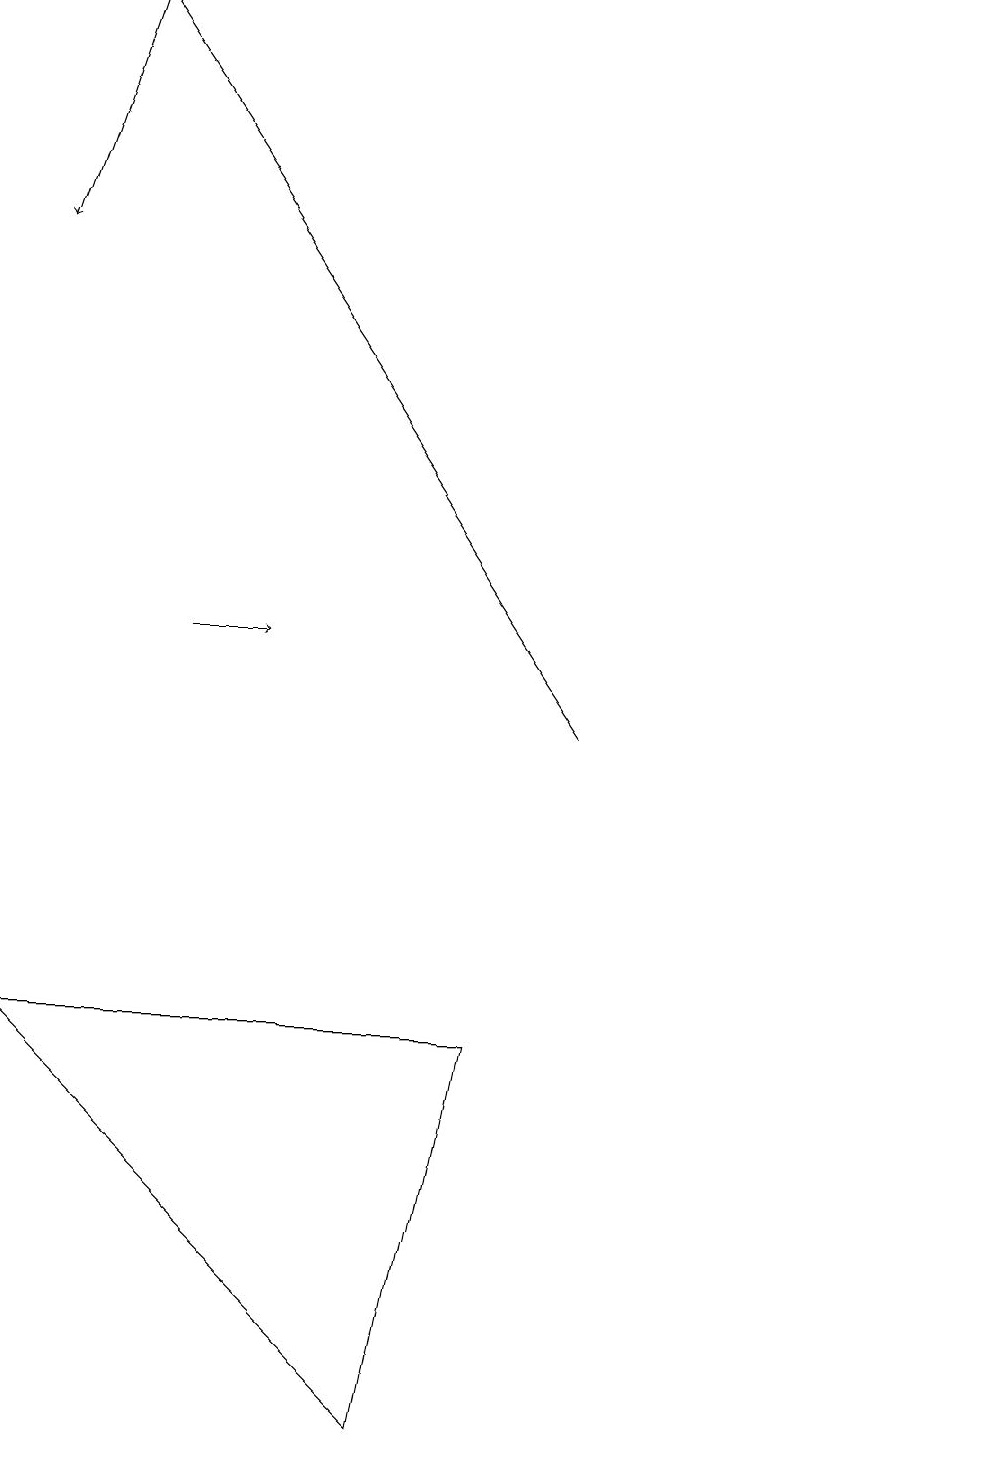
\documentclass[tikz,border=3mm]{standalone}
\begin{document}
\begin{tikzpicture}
\draw[->] (7,10) -- (1,19);
\draw (5,1) -- (6,6) -- (0,6) -- cycle;
\draw[->] (2,11) -- (3,11);
\draw (12,12) circle (0);
\draw[->] (1,19) -- (0,16);
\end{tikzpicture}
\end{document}